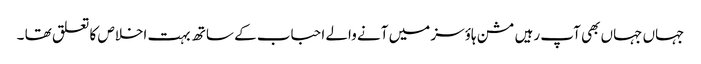
جہاں جہاں بھی آپ رہیں مشن ہاؤسز میں آنے والے احباب کے ساتھ بہت اخلاص کا تعلق تھا ۔